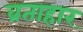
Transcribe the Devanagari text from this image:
व्रताहार